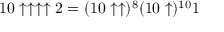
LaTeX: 1 0 \uparrow \uparrow \uparrow \uparrow 2 = ( 1 0 \uparrow \uparrow ) ^ { 8 } ( 1 0 \uparrow ) ^ { 1 0 } 1